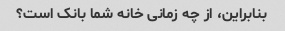
بنابراین، از چه زمانی خانه شما بانک است؟